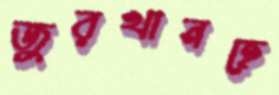
জুরখানহে